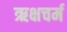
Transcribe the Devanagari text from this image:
ऋक्षचर्म